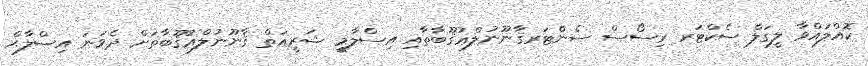
ކޮއްލައްވާ ލީގަލް ސެކްޓަރ ރިސޯސް ސެންޓަރޤާނޫނުލްޢުޤޫބާތާއި އިސްލާމީ ޝަރީޢަތް ޤާނޫނުލްޢުޤޫބާތަށް ދެވަނަ އިޞްލާޙް